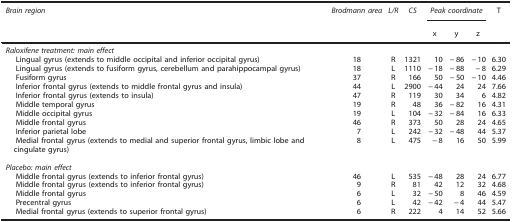
| Brain region | Brodmann area | L/R | CS | <COLSPAN=3> Peak coordinate | T |
 |  |  |  |  | x | y | z |  |
 | --- | --- | --- | --- | --- | --- | --- | --- |
 | <COLSPAN=8> Raloxifene treatment: main effect |
 | Lingual gyrus (extends to middle occipital and inferior occipital gyrus) | 18 | R | 1321 | 10 | −86 | −10 | 6.30 |
 | Lingual gyrus (extends to fusiform gyrus, cerebellum and parahippocampal gyrus) | 18 | L | 1110 | −18 | −88 | −8 | 6.29 |
 | Fusiform gyrus | 37 | R | 166 | 50 | −50 | −10 | 4.46 |
 | Inferior frontal gyrus (extends to middle frontal gyrus and insula) | 44 | L | 2900 | −44 | 24 | 24 | 7.66 |
 | Inferior frontal gyrus (extends to insula) | 47 | R | 119 | 30 | 34 | 6 | 4.82 |
 | Middle temporal gyrus | 19 | R | 48 | 36 | −82 | 16 | 4.31 |
 | Middle occipital gyrus | 19 | L | 104 | −32 | −84 | 16 | 6.33 |
 | Middle frontal gyrus | 46 | R | 373 | 50 | 28 | 24 | 4.65 |
 | Inferior parietal lobe | 7 | L | 242 | −32 | −48 | 44 | 5.37 |
 | Medial frontal gyrus (extends to medial and superior frontal gyrus, limbic lobe and cingulate gyrus) | 8 | L | 475 | −8 | 16 | 50 | 5.99 |
 |  |  |  |  |  |  |  |  |
 | <COLSPAN=8> Placebo: main effect |
 | Middle frontal gyrus (extends to inferior frontal gyrus) | 46 | L | 535 | −48 | 28 | 24 | 6.77 |
 | Middle frontal gyrus (extends to inferior frontal gyrus) | 9 | R | 81 | 42 | 12 | 32 | 4.68 |
 | Middle frontal gyrus | 6 | L | 32 | −50 | 8 | 46 | 4.59 |
 | Precentral gyrus | 6 | L | 42 | −42 | −4 | 44 | 5.47 |
 | Medial frontal gyrus (extends to superior frontal gyrus) | 6 | R | 222 | 4 | 14 | 52 | 5.66 |